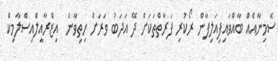
ސެމިނާއެއް ބާއްވައިފިއަލިފާން ރޯކުރި ފަރާތްތަކަށް ދޭ އަދަބު ވަރަށް ހިތިވާނެ  އިޒްރާއީލްއިސްލާމިކް